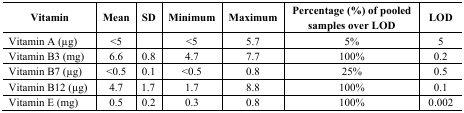
| Vitamin | Mean | SD | Minimum | Maximum | Percentage (%) of pooled samples over LOD | LOD |
 | --- | --- | --- | --- | --- | --- | --- |
 | Vitamin A (μg) | <5 |  | <5 | 5.7 | 5% | 5 |
 | Vitamin B3 (mg) | 6.6 | 0.8 | 4.7 | 7.7 | 100% | 0.2 |
 | Vitamin B7 (μg) | <0.5 | 0.1 | <0.5 | 0.8 | 25% | 0.5 |
 | Vitamin B12 (μg) | 4.7 | 1.7 | 1.7 | 8.8 | 100% | 0.1 |
 | Vitamin E (mg) | 0.5 | 0.2 | 0.3 | 0.8 | 100% | 0.002 |